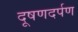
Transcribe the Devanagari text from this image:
दूषणदर्पण